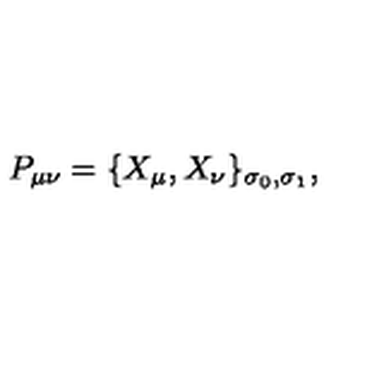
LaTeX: P _ { \mu \nu } = \{ X _ { \mu } , X _ { \nu } \} _ { \sigma _ { 0 } , \sigma _ { 1 } } ,